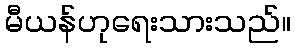
မီယန်ဟုရေးသားသည်။